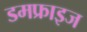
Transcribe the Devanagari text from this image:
डमफ्राइज